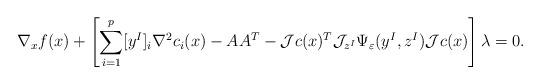
LaTeX: \begin{align*}\nabla_x f(x)+\left[\displaystyle \sum_{i=1}^p [y^I]_i\nabla^2c_i(x)-AA^T-{\cal J}c(x)^T{\cal J}_{z^I}\Psi_{\varepsilon}(y^I,z^I){\cal J}c(x)\right]\lambda=0.\end{align*}